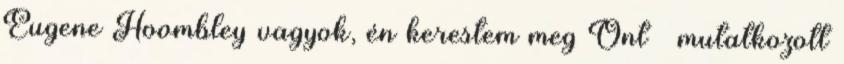
Eugene Hoombley vagyok, én kerestem meg Önt – mutatkozott